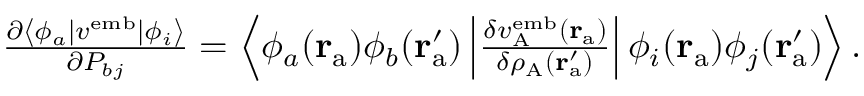
\begin{array} { r } { \frac { \partial \left\langle \phi _ { a } | { v } ^ { \mathrm { e m b } } | \phi _ { i } \right\rangle } { \partial P _ { b j } } = \left\langle \phi _ { a } ( \mathbf { r } _ { \mathrm { a } } ) \phi _ { b } ( \mathbf { r } _ { \mathrm { a } } ^ { \prime } ) \left| \frac { \delta v _ { \mathrm { A } } ^ { \mathrm { e m b } } ( \mathbf { r } _ { \mathrm { a } } ) } { \delta \rho _ { \mathrm { A } } ( \mathbf { r } _ { \mathrm { a } } ^ { \prime } ) } \right| \phi _ { i } ( \mathbf { r } _ { \mathrm { a } } ) \phi _ { j } ( \mathbf { r } _ { \mathrm { a } } ^ { \prime } ) \right\rangle . } \end{array}